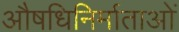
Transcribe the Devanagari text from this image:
औषधिनिर्माताओं